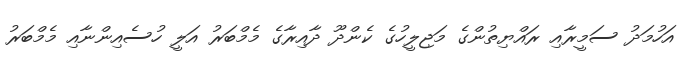
އަހުމަދު ސަމީރާއި ރައްޔިތުންގެ މަޖިލީހުގެ ކެންދޫ ދާއިރާގެ މެމްބަރު އަލީ ހުސެއިންނާއި މެމްބަރު